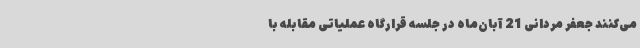
می‌کنند جعفر مردانی 21 آبان‌ماه در جلسه قرارگاه عملیاتی مقابله با